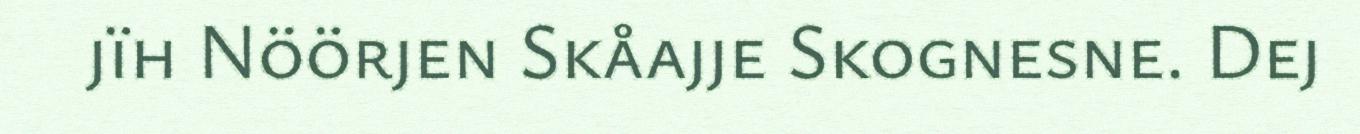
jïh Nöörjen Skåajje Skognesne. Dej